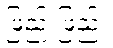
ဖြည်းဖြည်း